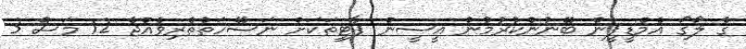
ގެ ލޯގޯ އެމްޑީޕީން ބޭނުންކުރުމުން އީސީން ޕާޓީތަކަށް ނަސޭހަތްތެރިވެއްޖެ 12 މަސް 3